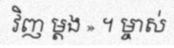
វិញ ម្តង » ។ ម្ចាស់